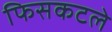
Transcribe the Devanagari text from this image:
फिसकटले